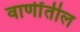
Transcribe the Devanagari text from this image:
वाणींतील